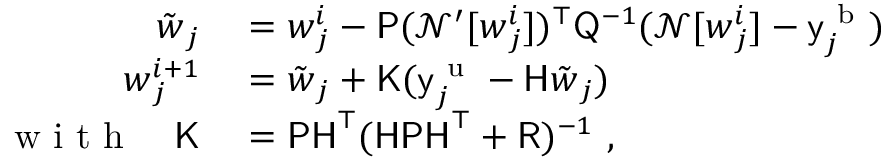
\begin{array} { r l } { \tilde { \boldsymbol { w } } _ { j } } & { { } = \boldsymbol { w } _ { j } ^ { i } - \mathsf { P } ( \mathcal { N } ^ { \prime } [ \boldsymbol { w } _ { j } ^ { i } ] ) ^ { \top } \mathsf { Q } ^ { - 1 } ( \mathcal { N } [ \boldsymbol { w } _ { j } ^ { i } ] - \mathsf { y } _ { j } ^ { \mathrm { ~ b ~ } } ) } \\ { \boldsymbol { w } _ { j } ^ { i + 1 } } & { { } = \tilde { \boldsymbol { w } } _ { j } + \mathsf { K } ( \mathsf { y } _ { j } ^ { \mathrm { ~ u ~ } } - \mathsf { H } \tilde { \boldsymbol { w } } _ { j } ) } \\ { \mathrm { ~ w ~ i ~ t ~ h ~ } \quad \mathsf { K } } & { { } = \mathsf { P H } ^ { \top } ( \mathsf { H P H } ^ { \top } + \mathsf { R } ) ^ { - 1 } \mathrm { ~ , ~ } } \end{array}